Report of the Municipal Commissioner on the plague in Bombay for the year ending 31st May... - Volume 1
Disease focus: Plague
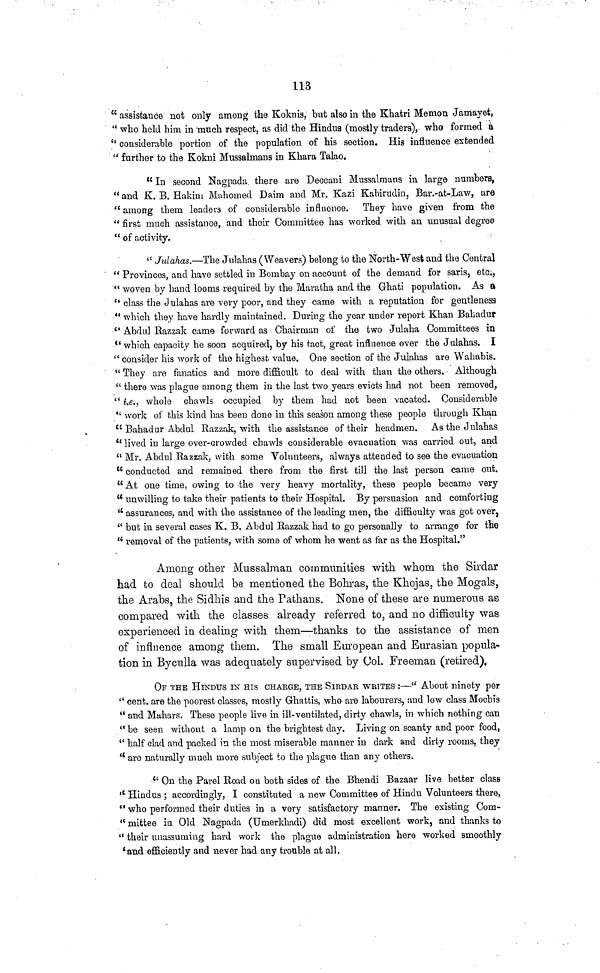
113
" assistance not only among the Koknis, but also in the Khatri Memon Jamayet,
" who held him in 'much respect, as did the Hindus (mostly traders), who formed a
" considerable portion of the population of his section. His influence extended
" farther to the Kokni Mussalmans in Khara Talao.
"In second Nagpada. there are Deccani Mussalmans in large numbers,
" and K. B. Hakim Mahomed Daim and Mr. Kazi Kahirudin, Bar.-at-Law, are
" among them leaders of considerable influence. They have given from the
" first much assistance, and their Committee has worked with an unusual degree
" of activity.
" Julahas.—The Jnlahas (Weavers) belong to the North-West and the Central
" Provinces, and have settled in Bombay on account of the demand for saris, etc.,
" woven by hand looms required by the Maratha and the Grhati population. As a
" class the Julahas are very poor, and they came with a reputation for gentleness
" which they have hardly maintained. During the year under report Khan Bahadur
" Abdul Razzak came forward as Chairman of the two Julaha Committees in
" which capacity he soon acquired, by his tact, great influence over the Julahas. I
" consider his work of the highest value. One section of the Julahas are Wahabis.
" They are fanatics and more difficult to deal with than the others. Although
" there was plague among them in the last two years evicts had not been removed,
" i.e., whole chawls occupied by them had not been vacated. Considerable
" work of this kind has been done in this season among these people through Khan
" Bahadur Abdul Razzak, with the assistance of their headmen. As the Julahas
" lived in large over-crowded chawls considerable evacuation was carried out, and
" Mr. Abdul Razzak, with some Volunteers, always attended to see the evacuation
" conducted and remained there from the first till the last person came out.
" At one time, owing to the very heavy mortality, these people became very
" unwilling to take their patients to their Hospital. By persuasion and comforting
" assurances, and with the assistance of the leading men, the difficulty was got over,
" but in several cases K. B. Abdul Razzak had to go personally to arrange for the
" removal of the patients, with some of whom he went as far as the Hospital."
Among other Mussalman communities with whom the Sirdar
had to deal should be mentioned the Bohras, the Khojas, the Mogals,
the Arabs, the Sidhis and the Pathans. None of these are numerous as
compared with the classes already referred to, and no difficulty was
experienced in dealing with them—thanks to the assistance of men
of influence among them. The small European and Eurasian popula-
tion in Byculla was adequately supervised by Col. Freeman (retired).
OF THE HINDUS IN HIS CHARGE, THE SIRDAr WrITES :—" About ninety per
" cent, are the poorest classes, mostly Ghattis, who are labourers, and low class Mochis
" and Mahars. These people live in ill-ventilated, dirty chawls, in which nothing can
" be seen without a lamp on the brightest day. Living on scanty and poor food,
" half clad and packed in the most miserable manner in dark and dirty rooms, they
" are naturally much more subject to the plague than any others.
" On the Parel Road on both sides of the Bhendi Bazaar live better class
" Hindus ; accordingly, I constituted a new Committee of Hindu Volunteers there,
" who performed their duties in a very satisfactory manner. The existing Com-
" mittee in Old Nagpada (Umerkhadi) did most excellent work, and thanks to
" their unassuming hard work the plague administration here worked smoothly
'and efficiently and never had any trouble at all.